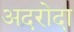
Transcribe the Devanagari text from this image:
अदरोदा